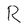
Character: R